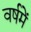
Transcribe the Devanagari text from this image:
वर्षमें